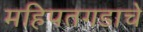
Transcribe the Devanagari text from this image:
महिपतगडाचे